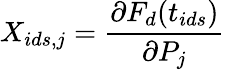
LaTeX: X_{ids,j}=\frac{\partial F_{d}(t_{ids})}{\partial P_{j}}